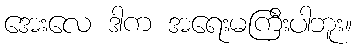
အေးလေ ဒါက အရေးမကြီးပါဘူး။